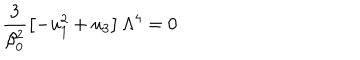
\frac { 3 } { \beta _ { 0 } ^ { 2 } } \left[ - u _ { 1 } ^ { 2 } + u _ { 3 } \right] \Lambda ^ { 4 } = 0